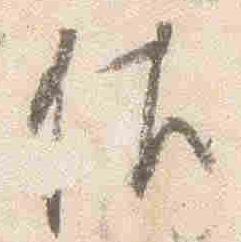
佐